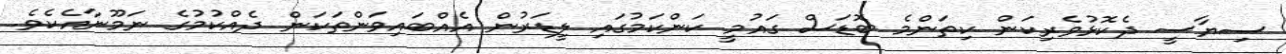
ސިޔާސީ ދެކޮޅުވެރިކަން ކިތަންމެ ބޮޑަސް ގައުމީ ކަންކަމުގައި ލީޑަރުން އެއްބައިވަންތަކަން ދެއްކުމުގެ ނަމޫނާއެކެވެ.